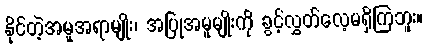
နိုင်တဲ့အမူအရာမျိုး၊ အပြုအမူမျိုးကို ခွင့်လွှတ်လေ့မရှိကြဘူး။